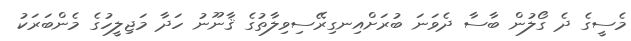
މެސީގެ ދެ ގޯލުން ބާސާ ދެވަނަ ބުރަށްއިނގިރޭސިވިލާތުގެ ޤާނޫނު ހަދާ މަޖިލީހުގެ މެންބަރަކު